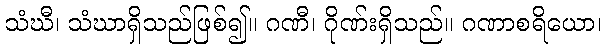
သံဃီ၊ သံဃာရှိသည်ဖြစ်၍။ ဂဏီ၊ ဂိုဏ်းရှိသည်။ ဂဏာစရိယော၊